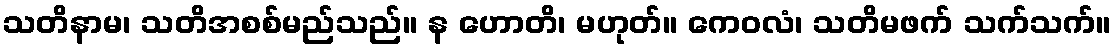
သတိနာမ၊ သတိအစစ်မည်သည်။ န ဟောတိ၊ မဟုတ်။ ကေဝလံ၊ သတိမဖက် သက်သက်။